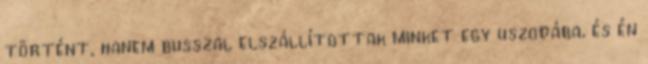
történt, hanem busszal elszállítottak minket egy uszodába, és én